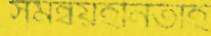
সমন্বয়হীনতাই